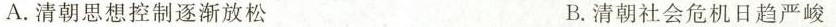
A.清朝思想控制逐渐放松 B.清朝社会危机日趋严峻